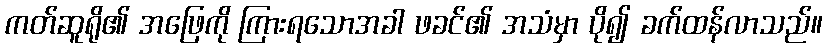
ကတ်ဆူရို၏ အဖြေကို ကြားရသောအခါ ဖခင်၏ အသံမှာ ပို၍ ခက်ထန်လာသည်။